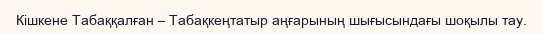
Кішкене Табаққалған – Табақкеңтатыр аңғарының шығысындағы шоқылы тау.